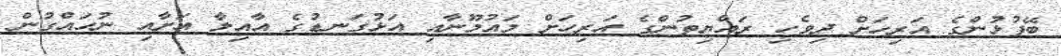
ބޭފުޅުންގެ އަރިހަށް ދިވެހި ރައްޔިތުންގެ އަރިހަށް މައުމޫނާއި އަޅުގަނޑުގެ އާއިލާ އަށާއި ނުހައްގުން